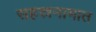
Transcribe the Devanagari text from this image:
सहस्रनामात